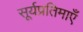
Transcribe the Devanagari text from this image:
सूर्यप्रतिमाएँ